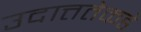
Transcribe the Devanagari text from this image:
उदात्ततेकडे